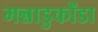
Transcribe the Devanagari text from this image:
मन्नाडुकोंडा